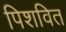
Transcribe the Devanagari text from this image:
पिशवित